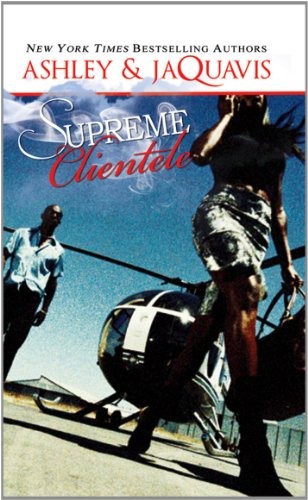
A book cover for Supreme Clientele (Urban Books); Ashley and JaQuavis; Literature & Fiction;